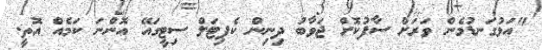
"އަޅުގަނޑުމެން ވަރަށް ސާފުކޮށް ޖަވާބު ދިނިން ކެޕިޓަލް ސިޓީގައޭ އޮންނަ ކަމެއް އޮތީ.